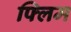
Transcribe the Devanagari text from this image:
फ्लिम